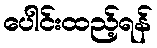
ပေါင်းထည့်ရန်